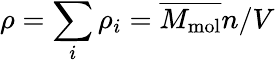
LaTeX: \rho=\sum_{i}\rho_{i}=\overline{{M_{\textup{mol}}}}n/V